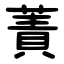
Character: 蔶